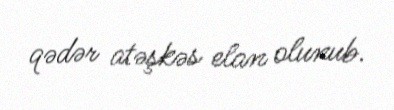
qədər atəşkəs elan olunub.